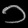
Digit: ၁